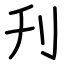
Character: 刋